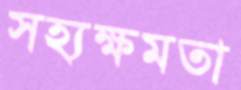
সহ্যক্ষমতা